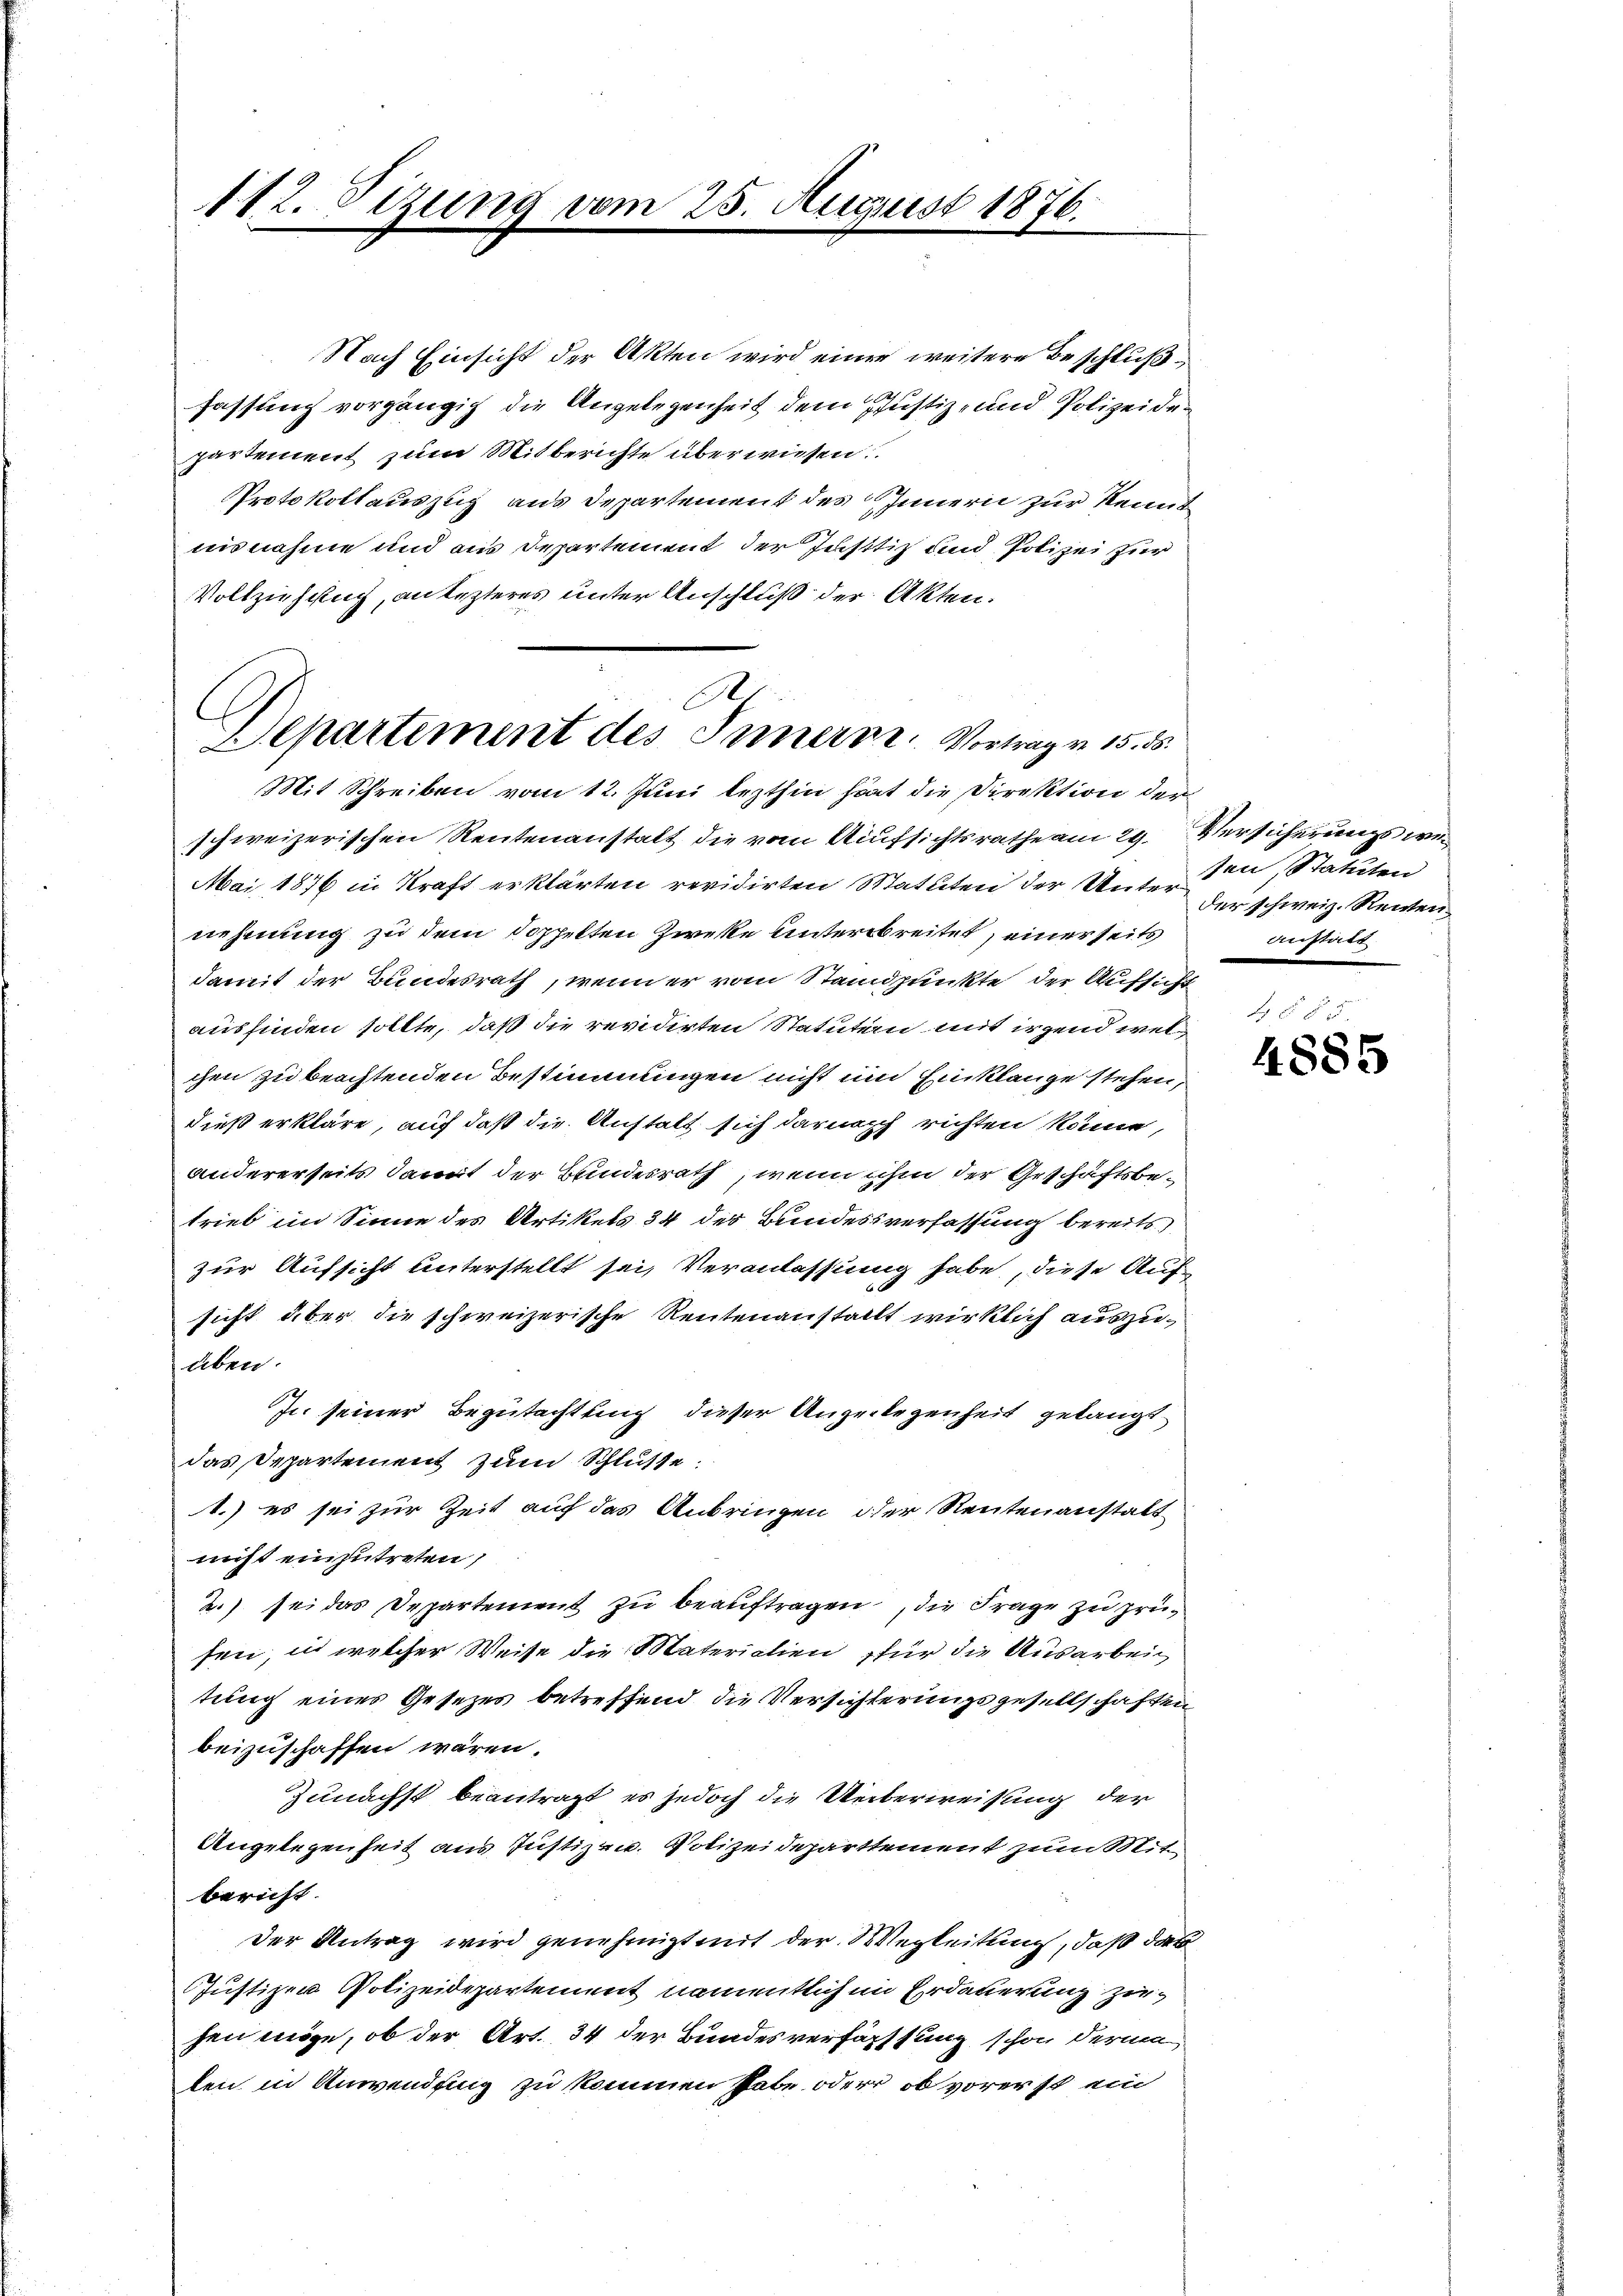
112. Sizung vom 25. August 1876.

Nach Einsicht der Akten wird einer weitere Beschlußfassung vorgängig die Angelegenheit dem Justiz- und Polizeiden
partement zum Mitberichte überwiesen.
Protokollauszug aus Departement des Innern zur Kennt
nisnahme und aus Departement der Justiz und Polizei für
Vollziehung, an lezteres unter Anschluß der Akten.
A.
E
Departement des Innern Vortrag v. 15. ds.

Mit Schreiben vom 12. Juni lezthin hat die Direktion der
schweizerischen Reutenanstalt die vom Aufsichtsrathe am 29. Versicherungs we¬
Mai 1876 in Kraft erklärten revidirten Matuten der Unter der schweiz. Recen
nehmung zu dem doppelten Zwecke unterbreitet, einer seitsanstatt
damit der Bundesrath, wenn er vom Standpunkte der Aufsicht
ausfinden sollte, daß die revidirten Statuten mit irgend wel
chen zu beachtenden Bestimmungen nicht um Einklange stehen,
dieß erkläre, auf daß die Anstalt sich darnach richten könne,
andererseits damit der Bundesrath, wenn ihm der Geschäftsbetrieb im Sinne des Artikels 34 des Bundesverfassung bereits
zur Aufsicht unterstellt sei, Veranlassung habe, diese Aufsicht über die schweizerische Reutenanstallt wirklich auszuaben.
In seiner Begutachtung dieser Angelegenheit gelangt
das Departement zum Schluße:
1.) es sei zur Zeit auf das Anbringen der Reutenanstalt
nicht einzutreten,
2.) sei das Departement zu beauftragen, die Frage zu prüsen, in welcher Weise die Materialien für die Ausarbeitung eines Gesetzes betreffend die Versichterungsgesellschaften
beizuschaffen wären.
Zunächst beantragt, es jedoch die Ueberweisung der
Angelegenheit aus Justiz zu. Polizeideparttement zum Mitbericht.
Der Antrag wird genehmigt mit der Wegleitung, daß das
Justizen Polizeidepartement namentlich in Erdauerung ziehen möge, ob der Art. 34 der Bundesverfassung schon dernen
len in Anwendung zu kommen habe oder ob vorerst ein

sen, Statuten

4 § 85.
4885